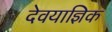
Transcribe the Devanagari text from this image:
देवयाज्ञिक